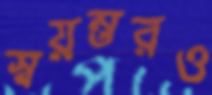
স্বয়ম্ভরও